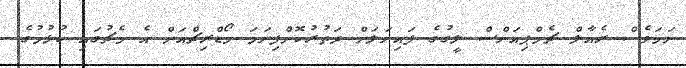
ނަމަވެސް ރެއާލް ޗެމްޕިއަންސް ލީގުގެ ފައިނަލަށް ދަތުރުކޮށްފިނަމަ މޯޑްރިޗްއަށް އެ މެޗުގައި ކުޅުމުގެ